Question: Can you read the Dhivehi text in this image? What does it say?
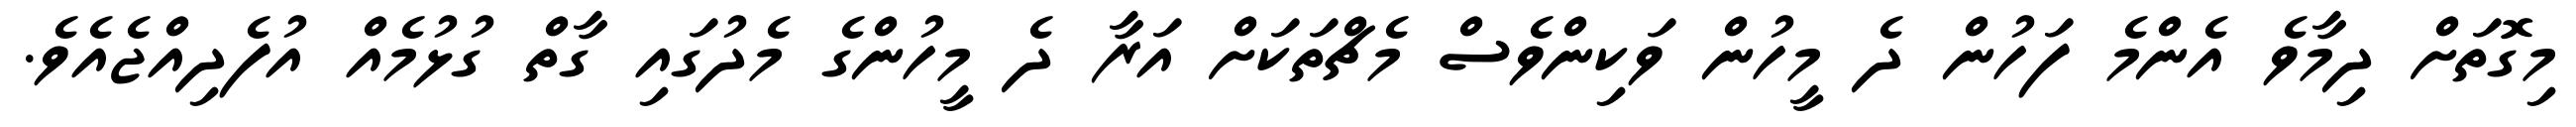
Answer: މިގޮތަށް ދިމާވެ އެންމެ ފަހުން ދެ މީހުން ވަކިންވެސް މެޗްތަކަށް އަރާ ދެ މީހުންގެ މެދުގައި ގާތް ގުޅުމެއް އުފެދިއްޖެއެވެ.